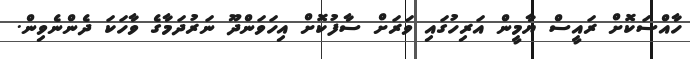
ހާއްސަކޮށް ރައީސް ޔާމީން އަރިހުގައި ވަރަށް ސާފުކޮށް އިހަވަންދޫ ނަރުދަމާގެ ވާހަކަ ދެންނެވިން.